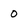
Character: 0